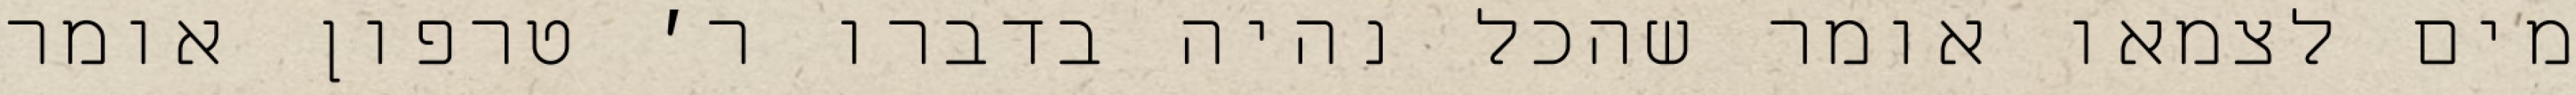
מים לצמאו אומר שהכל נהיה בדברו ר׳ טרפון אומר